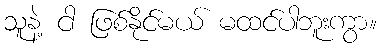
သူနဲ့ ငါ ဖြစ်နိုင်မယ် မထင်ပါဘူးကွာ။